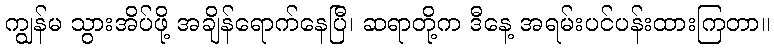
ကျွန်မ သွားအိပ်ဖို့ အချိန်ရောက်နေပြီ၊ ဆရာတို့က ဒီနေ့ အရမ်းပင်ပန်းထားကြတာ။